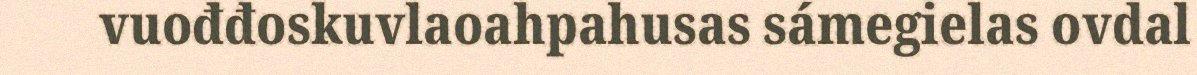
vuođđoskuvlaoahpahusas sámegielas ovdal